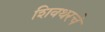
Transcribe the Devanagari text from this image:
शिवथरचे